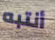
أنتبه